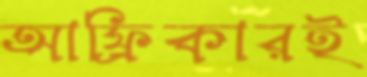
আফ্রিকারই